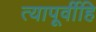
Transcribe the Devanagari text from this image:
त्यापूर्वीहि